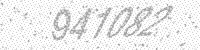
Solution: 941082